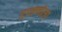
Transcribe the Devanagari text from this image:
दावणीला